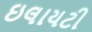
ઇલાયટી